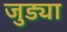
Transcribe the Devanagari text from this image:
जुड्या